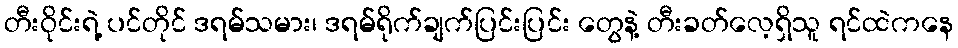
တီးဝိုင်းရဲ့ ပင်တိုင် ဒရမ်သမား၊ ဒရမ်ရိုက်ချက်ပြင်းပြင်း တွေနဲ့ တီးခတ်လေ့ရှိသူ ရင်ထဲကနေ